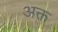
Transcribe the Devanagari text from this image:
अक्त